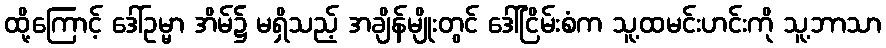
ထို့ကြောင့် ဒေါ်ဥမ္မာ အိမ်၌ မရှိသည့် အချိန်မျိုးတွင် ဒေါ်ငြိမ်းစံက သူ့ထမင်းဟင်းကို သူ့ဘာသာ